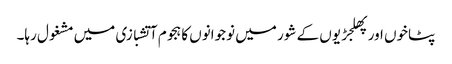
پٹاخوں اور پھلجڑیوں کے شور میں نوجوانوں کا ہجوم آتشبازی میں مشغول رہا۔